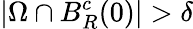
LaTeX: |\Omega\cap B_{R}^{c}(0)|>\delta